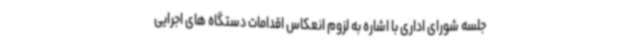
جلسه شورای اداری با اشاره به لزوم انعکاس اقدامات دستگاه های اجرایی